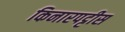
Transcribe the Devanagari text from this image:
किनारपट्टीस